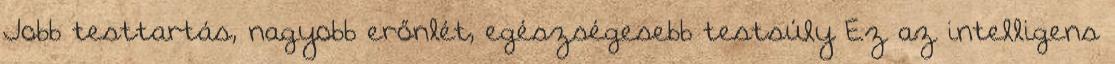
Jobb testtartás, nagyobb erőnlét, egészségesebb testsúly Ez az intelligens